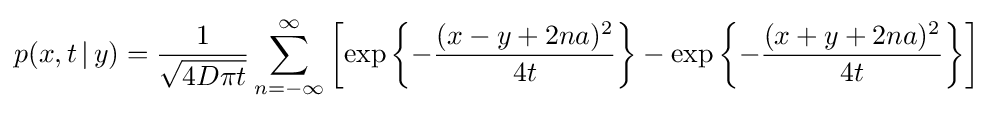
p(x,t\,|\,y)={\frac {1}{\sqrt {4D\pi t}}}\sum \limits _{n=-\infty }^{\infty }\left[\exp \left\{-{\frac {(x-y+2na)^{2}}{4t}}\right\}-\exp \left\{-{\frac {(x+y+2na)^{2}}{4t}}\right\}\right]